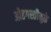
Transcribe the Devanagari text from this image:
ओढगस्तीमुळे